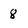
Character: 8